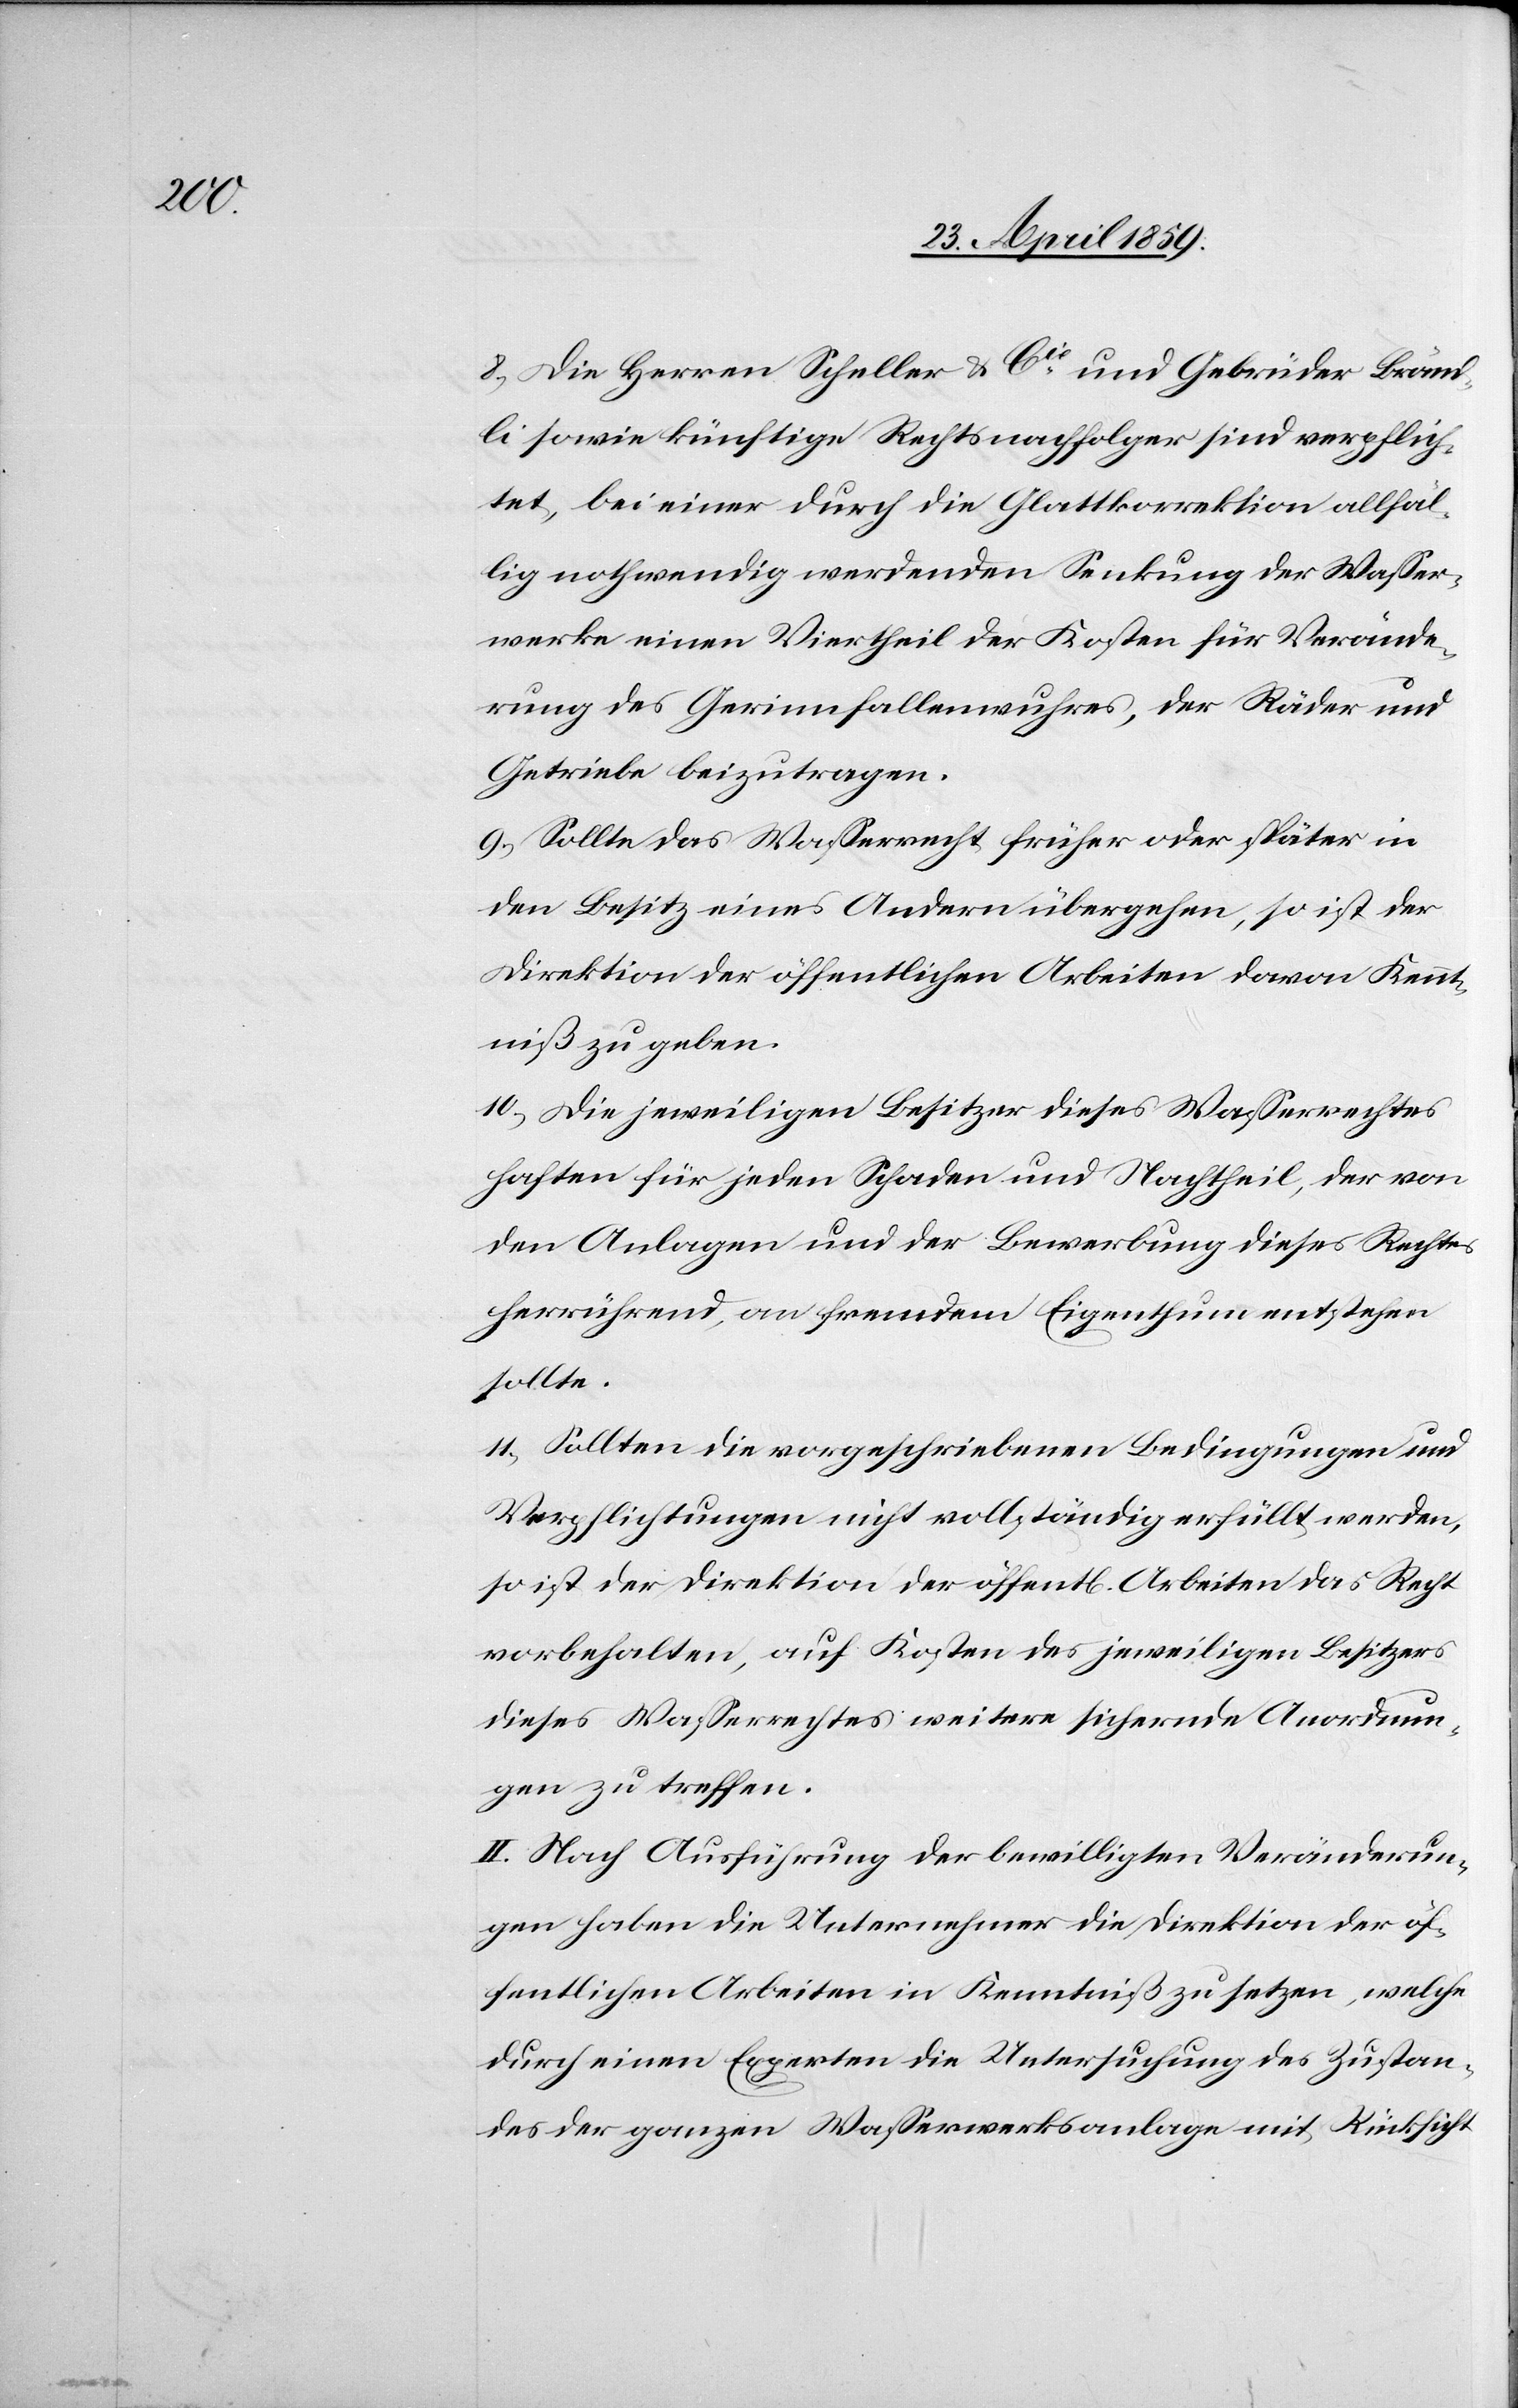
8) Die Herren Scheller & Cie und Gebrüder Bränd¬
li sowie künftige Rechtsnachfolger sind verpflich¬
tet, bei einer durch die Glattkorrektion allfäl¬
lig nothwendig werdenden Senkung der Waßer¬
werke einen Viertheil der Kosten für Verände¬
rung des Gerinnfallenwuhres, der Räder und
Getriebe beizutragen.
9) Sollte das Waßerrecht früher oder später in
den Besitz eines Andern übergehen, so ist der
Direktion der öffentlichen Arbeiten davon Kennt¬
niß zu geben.
10) Die jeweiligen Besitzer dieses Waßerrechtes
haften für jeden Schaden und Nachtheil, der von
den Anlagen und der Bewerbung dieses Rechtes
herrührend, an fremdem Eigenthum entstehen
sollte.
11) Sollten die vorgeschriebenen Bedingungen und
Verpflichtungen nicht vollständig erfüllt werden,
so ist der Direktion der öffentl. Arbeiten das Recht
vorbehalten, auf Kosten des jeweiligen Besitzers
dieses Waßerrechtes weitere sichernde Anordnun¬
gen zu treffen.
II. Nach Ausführung der bewilligten Veränderun¬
gen haben die Unternehmer die Direktion der öf¬
fentlichen Arbeiten in Kenntniß zu setzen, welche
durch einen Experten die Untersuchung des Zustan¬
des der ganzen Waßerwerksanlage mit Rücksicht